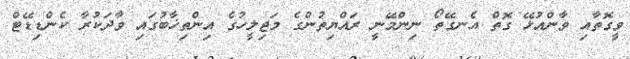
ވީގޮތާއި ވާންއުޅޭ ގޮތް އެނގޭތޯ ނިންމޭނީ ރައްޔިތުންގެ މަޖިލީހުގެ އިންތިޚާބުގައި ވާދަކުރާ ކެންޑިޑޭޓް